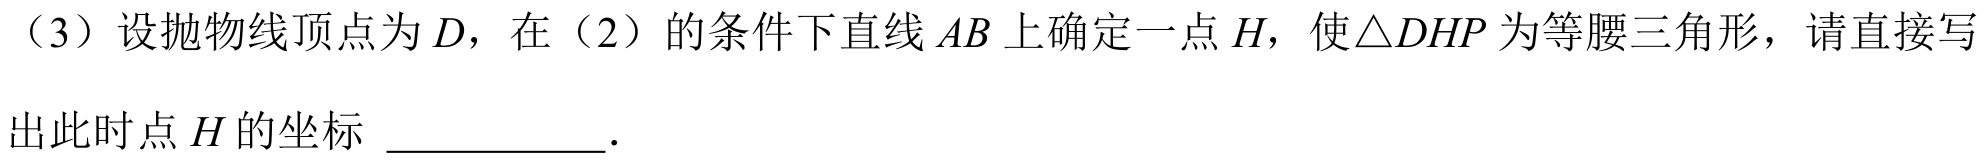
（3）设抛物线顶点为\(D\)，在（2）的条件下直线\(AB\)上确定一点\(H\)，使\(\triangle DHP\)为等腰三角形，请直接写出此时点\(H\)的坐标 \(\underline{\quad\quad}\).